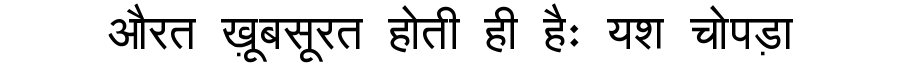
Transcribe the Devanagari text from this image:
औरत ख़ूबसूरत होती ही हैः यश चोपड़ा